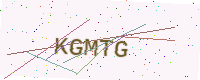
Text: KGMTG